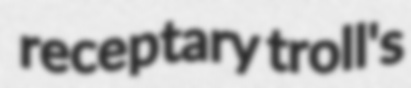
receptary troll's